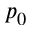
p _ { 0 }